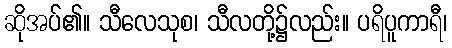
ဆိုအပ်၏။ သီလေသုစ၊ သီလတို့၌လည်း။ ပရိပူကာရီ၊